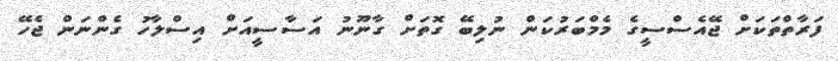
ފަރާތްތަކަށް ޖޭއެސްސީގެ މެމްބަރުކަން ނުލިބޭ ގޮތަށް ގާނޫނު އަސާސީއަށް އިސްލާހު ގެންނަން ޖެހޭ